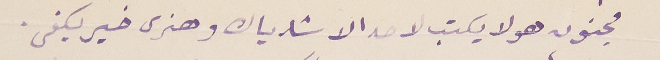
مجنون هو لا يكتب لاحد الا شارياك وهنرى خير يكفى.